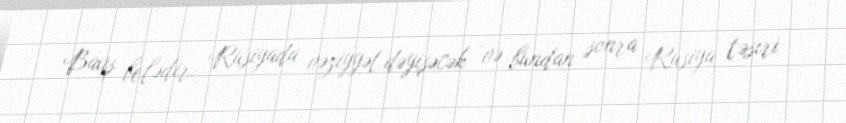
Baxış belədir: Rusiyada vəziyyət dəyişəcək və bundan sonra Rusiya təsiri